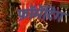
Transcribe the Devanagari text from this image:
फ़ॉर्मेटिंग